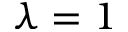
\lambda = 1